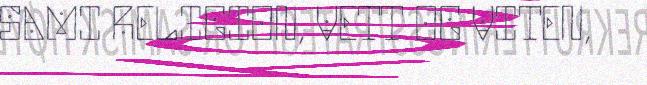
SAMI RELIGION, VETT OG VITEN,